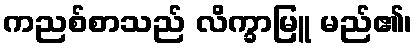
ကညစ်စာသည် လိက္ခာမြူ မည်၏၊